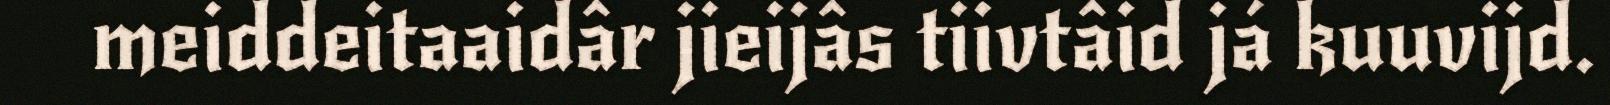
meiddeitaaidâr jieijâs tiivtâid já kuuvijd.